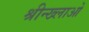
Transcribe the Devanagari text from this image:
श्रीन्ख्लाओ